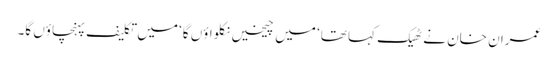
عمران خان نے ٹھیک کہا تھا‘ میں چیخیں نکلواؤں گا‘ میں تکلیف پہنچاؤں گا۔